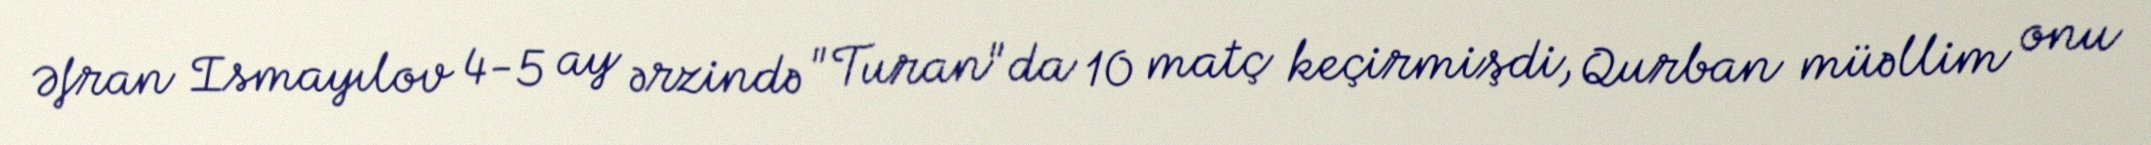
Əfran Ismayılov 4-5 ay ərzində "Turan"da 10 matç keçirmişdi, Qurban müəllim onu